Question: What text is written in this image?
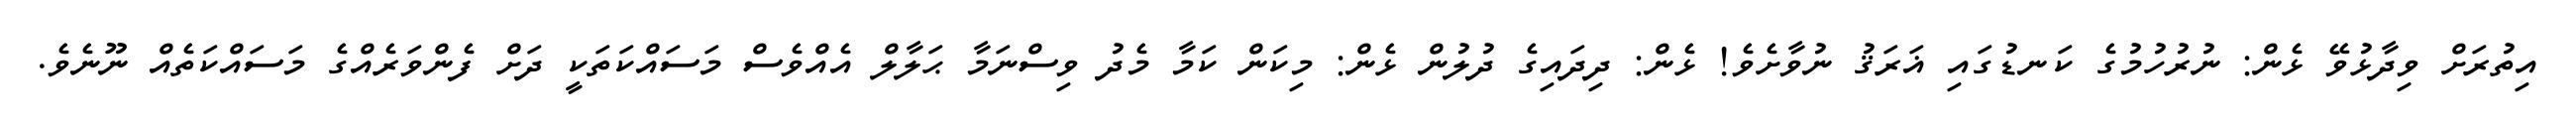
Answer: އިތުރަށް ވިދާޅުވޭ ޅެން: ނުރުހުމުގެ ކަނޑުގައި ޣަރަޤު ނުވާށެވެ! ޅެން: ދިދައިގެ ދުލުން ޅެން: މިކަން ކަމާ މެދު ވިސްނަމާ ޙަލާލް އެއްވެސް މަސައްކަތަކީ ދަށް ފެންވަރެއްގެ މަސައްކަތެއް ނޫނެވެ.